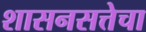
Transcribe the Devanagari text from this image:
शासनसत्तेचा